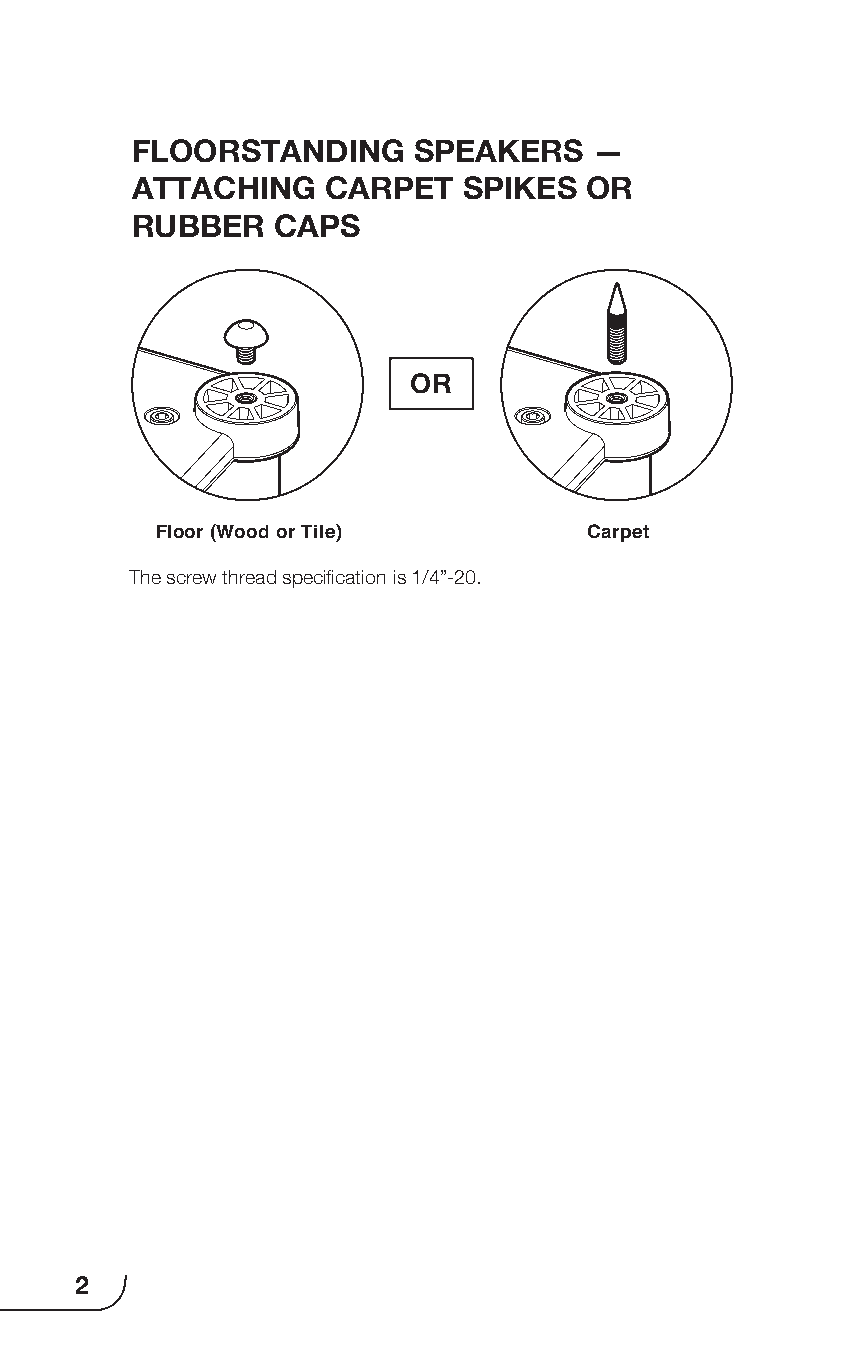
FLOORSTANDING     SPEAKERS    —
 ATTACHING    CARPET   SPIKES  OR
 RUBBER   CAPS
 OR
 Floor (Wood or Tile)         Carpet
 The screw thread specification is 1/4”-20.
 2